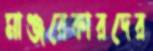
মাঞ্জরেকারদের